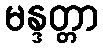
မန္ဒတ္တာ